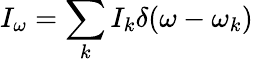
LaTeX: I_{\omega}=\sum_{k}I_{k}\delta(\omega-\omega_{k})